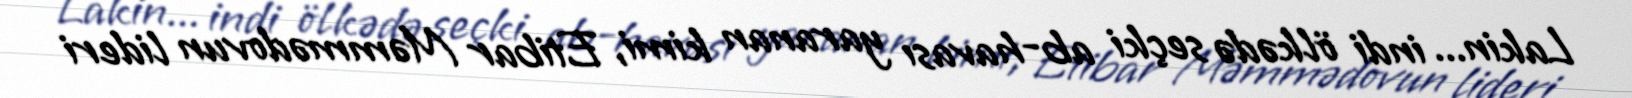
Lakin... indi ölkədə seçki ab-havası yaranan kimi, Etibar Məmmədovun lideri